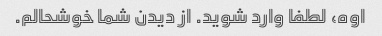
اوه، لطفا وارد شوید. از دیدن شما خوشحالم.